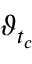
\vartheta _ { t _ { c } }